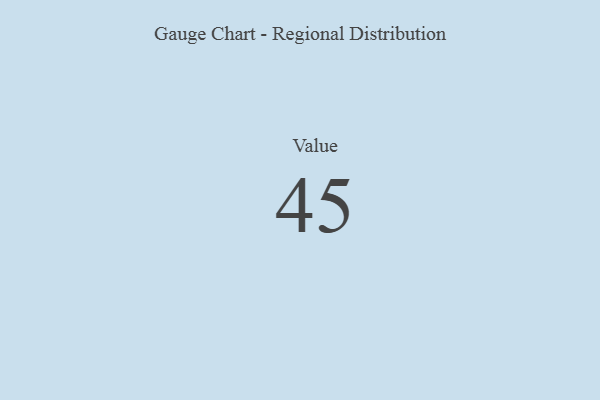
{"axis": {"x": "Metric", "y": "Value"}, "legend": [""], "data": [{"x": "Value", "y": 45, "type": ""}]}